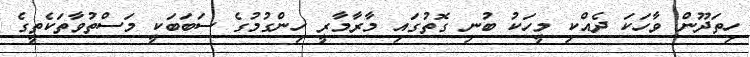
ހިތަދޫން ވާހަކަ ދެއްކި މީހަކު ބުނި ގޮތުގައި މާރާމާރީ ހިންގުމުގެ ސަބަބަކީ މަސްތުވާތަކެތީގެ